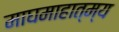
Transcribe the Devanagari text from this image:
माघमाहात्म्य